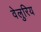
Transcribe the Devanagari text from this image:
वेलुरिय